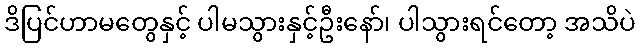
ဒိပြင်ဟာမတွေနှင့် ပါမသွားနှင့်ဦးနော်၊ ပါသွားရင်တော့ အသိပဲ